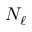
N _ { \ell }